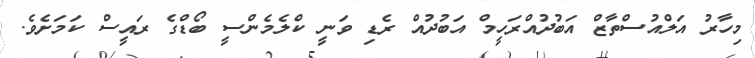
މިހާރު އަލްއުސްތާޒް އަބުދުއްރަހީމް އަބުދުއް ރެޑި ވަނީ ކްލެމެންސީ ބޯޑްގެ ރައީސް ކަމަށެވެ.